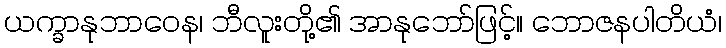
ယက္ခာနုဘာဝေန၊ ဘီလူးတို့၏ အာနုဘော်ဖြင့်။ ဘောဇနပါတိယံ၊